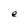
Character: e